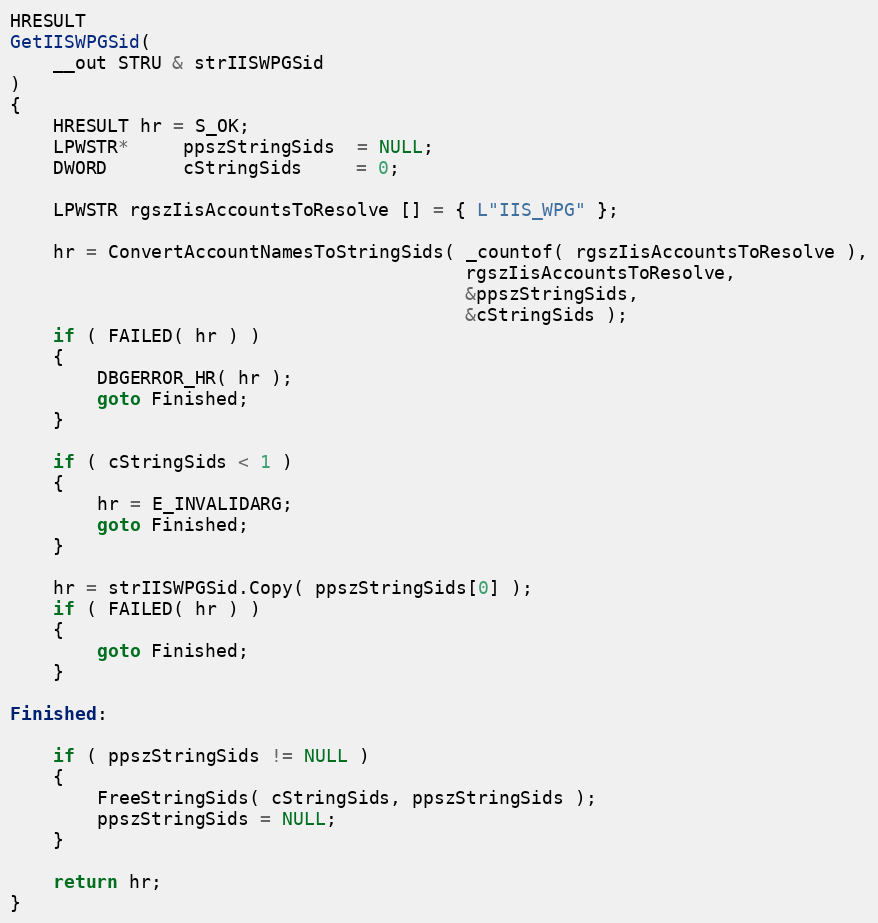
Language: C++
HRESULT
GetIISWPGSid(
    __out STRU & strIISWPGSid
)
{
    HRESULT hr = S_OK;
    LPWSTR*     ppszStringSids  = NULL;
    DWORD       cStringSids     = 0;

    LPWSTR rgszIisAccountsToResolve [] = { L"IIS_WPG" };

    hr = ConvertAccountNamesToStringSids( _countof( rgszIisAccountsToResolve ),
                                          rgszIisAccountsToResolve,
                                          &ppszStringSids,
                                          &cStringSids );
    if ( FAILED( hr ) )
    {
        DBGERROR_HR( hr );
        goto Finished;
    }

    if ( cStringSids < 1 )
    {
        hr = E_INVALIDARG;
        goto Finished;
    }

    hr = strIISWPGSid.Copy( ppszStringSids[0] );
    if ( FAILED( hr ) )
    {
        goto Finished;
    }

Finished:

    if ( ppszStringSids != NULL )
    {
        FreeStringSids( cStringSids, ppszStringSids );
        ppszStringSids = NULL;
    }

    return hr;
}